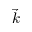
\vec { k }